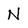
Character: N